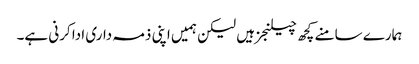
ہمارے سامنے کچھ چیلنجز ہیں لیکن ہمیں اپنی ذمہ داری ادا کرنی ہے۔